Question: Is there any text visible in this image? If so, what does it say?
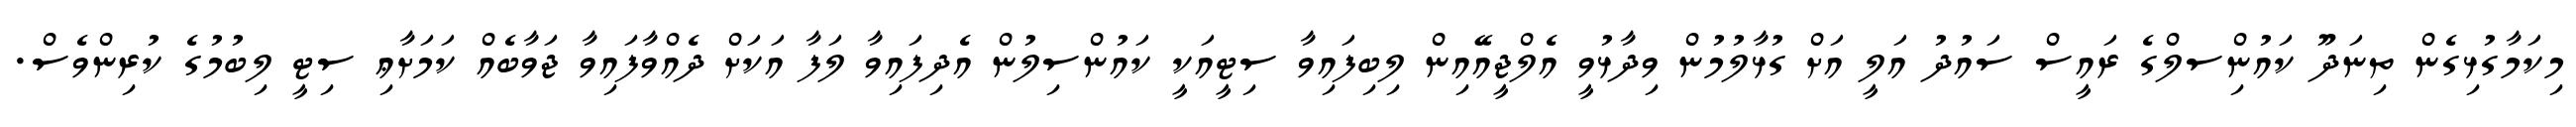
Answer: މިކަމާގުޅިގެން ތިނަދޫ ކައުންިސލްގެ ރައީސް ސައުދު އަލީ އަށް ގުޅާލުމުން ވިދާޅުވީ އެލްޖީއޭއިން ލިބިފައިވާ ސިޓީއަކީ ކައުންސިލުން އެދިފައިވާ ލަފާ އަކަށް ދެއްވާފައިވާ ޖަވާބެއް ކަމަށާޢި ސިޓީ ލިބުމުގެ ކުރިންވެސް.